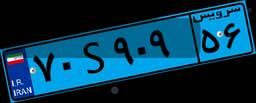
۶۸S۰۳۴۳۹